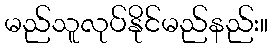
မည်သူလုပ်နိုင်မည်နည်း။